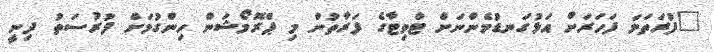
"ފުރަތަމަ ފަހަރަށް އަޅުގަނޑުމެންނަށް ޓްވިޓާގެ ފަރާތުން މި ޕްރޮމޯޝަން ހިންގުމަށް ފުރުސަތު ދިނީ